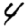
Digit: 4